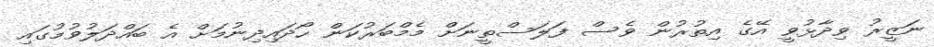
ނަޒީރު ވިދާޅުވީ އޭގެ އިތުރުން ވެސް ފަލަސްތީނަށް މެމްބަރުކަން ހޯދައިދިނުމަށް އެ ބައްދަލުވުމުގައި